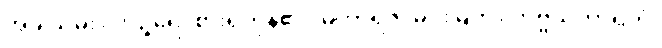
အခါသိမ်း။ ဘုဉ္ဇရေ၊ စားရကုန်၏။ မဟာရဇ၊ မင်းမြတ်။ ကိဗ္ဗိသကာရကံ၊